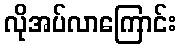
လိုအပ်လာကြောင်း